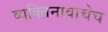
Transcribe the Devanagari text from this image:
व्यक्तिनावाचेच